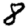
Digit: 8